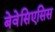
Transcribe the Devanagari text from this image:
बेवेसिएसिस